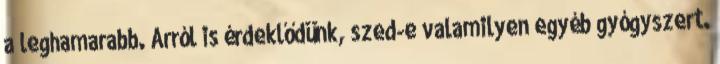
a leghamarabb. Arról is érdeklődünk, szed-e valamilyen egyéb gyógyszert.